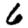
Digit: 6